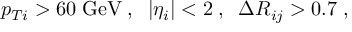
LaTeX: p _ { T i } > 6 0 \; \mathrm { G e V } \; , \; \; | \eta _ { i } | < 2 \; , \; \; \Delta R _ { i j } > 0 . 7 \; ,